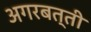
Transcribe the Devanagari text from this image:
अगरबत्‍ती